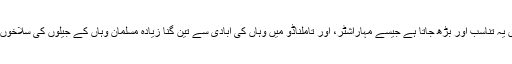
کچھ ریاستوں میں یہ تناسب اور بڑھ جاتا ہے جیسے مہاراشٹر، اور تاملناڈو میں وہاں کی آبادی سے تین گنا زیادہ مسلمان وہاں کے جیلوں کی سلاخوں کے پیچھے ہیں۔